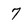
Character: 7